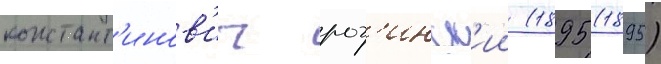
констант'инов'ич рог'инск'ии (1895 (1895)